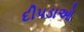
દીપડાઓ